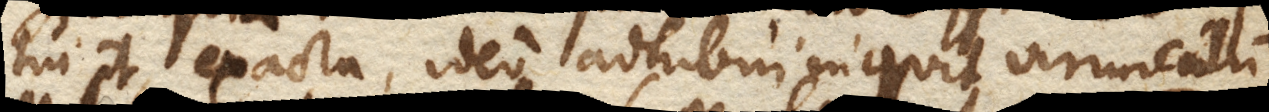
tui potest, exacta, ideo adhibui inquit virunculum